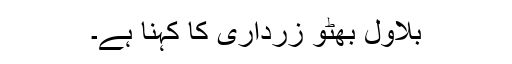
بلاول بھٹو زرداری کا کہنا ہے۔